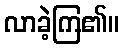
လာခဲ့ကြ၏။